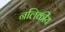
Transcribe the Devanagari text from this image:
नलिकीय